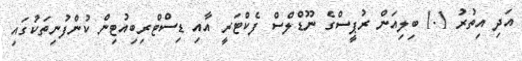
އަދި އިތުރު 1.1 ބިލިއަން ރުޕީސްގެ ނޫޑްލްސް ފެކްޓަރީ އާއި ޑިސްޓްރިބިއުޓިން ކުންފުނިތަކުގައި